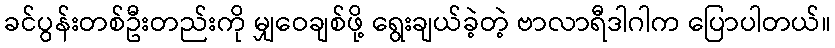
ခင်ပွန်းတစ်ဦးတည်းကို မျှဝေချစ်ဖို့ ရွေးချယ်ခဲ့တဲ့ ဗာလာရီဒါဂါက ပြောပါတယ်။